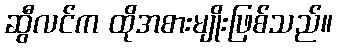
ဆွီလင်က ထိုအစားမျိုးဖြစ်သည်။